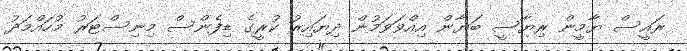
ރައީސް ޔާމީން ރިޔާސީ ބަޔާން އިއްވަވަމުން ދިޔައިރު ކުރީގެ ޑިފެންސް މިނިސްޓަރު މުހައްމަދު